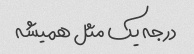
درجه یک مثل همیشه